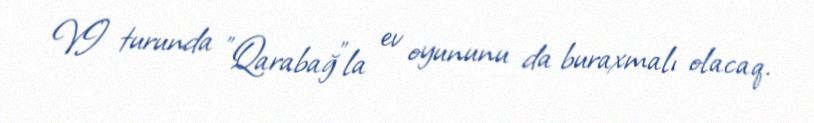
VI turunda "Qarabağ"la ev oyununu da buraxmalı olacaq.